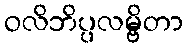
ဝလိဘိပ္ပလမ္ဗိတာ